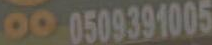
000509391005